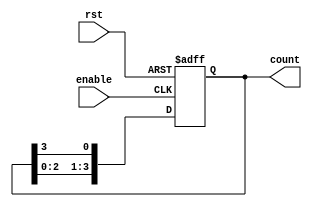
module async_ring_counter #(
    parameter N = 4 // Number of flip-flops in the ring counter
)(
    input wire rst,       // Asynchronous reset
    input wire enable,    // Enable signal for operation (optional)
    output reg [N-1:0] count // Output of the ring counter
);

// Internal signal for the feedback loop
wire feedback;

// Feedback loop: the last flip-flop's output feeds back to the first flip-flop
assign feedback = count[N-1];

always @(posedge enable or posedge rst) begin
    if (rst) begin
        // Reset the counter: initialize with the first flip-flop set to '1'
        count <= 1'b1;
    end else begin
        // Shift the '1' to the right in a circular manner
        count <= {count[N-2:0], feedback};
    end
end

endmodule